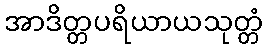
အာဒိတ္တပရိယာယသုတ္တံ